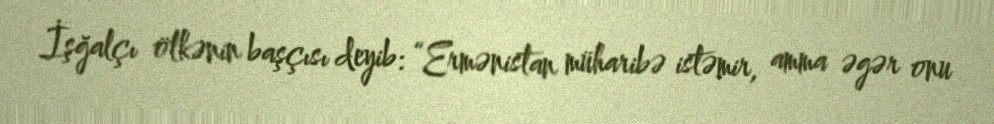
İşğalçı ölkənin başçısı deyib: “Ermənistan müharibə istəmir, amma əgər onu